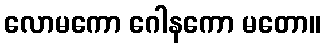
လောမကော ဂေါနကော မတော။